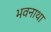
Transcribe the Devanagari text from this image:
भवनाथा